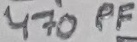
Text: 470PF